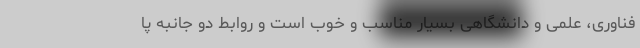
فناوری، علمی و دانشگاهی بسیار مناسب و خوب است و روابط دو جانبه پا